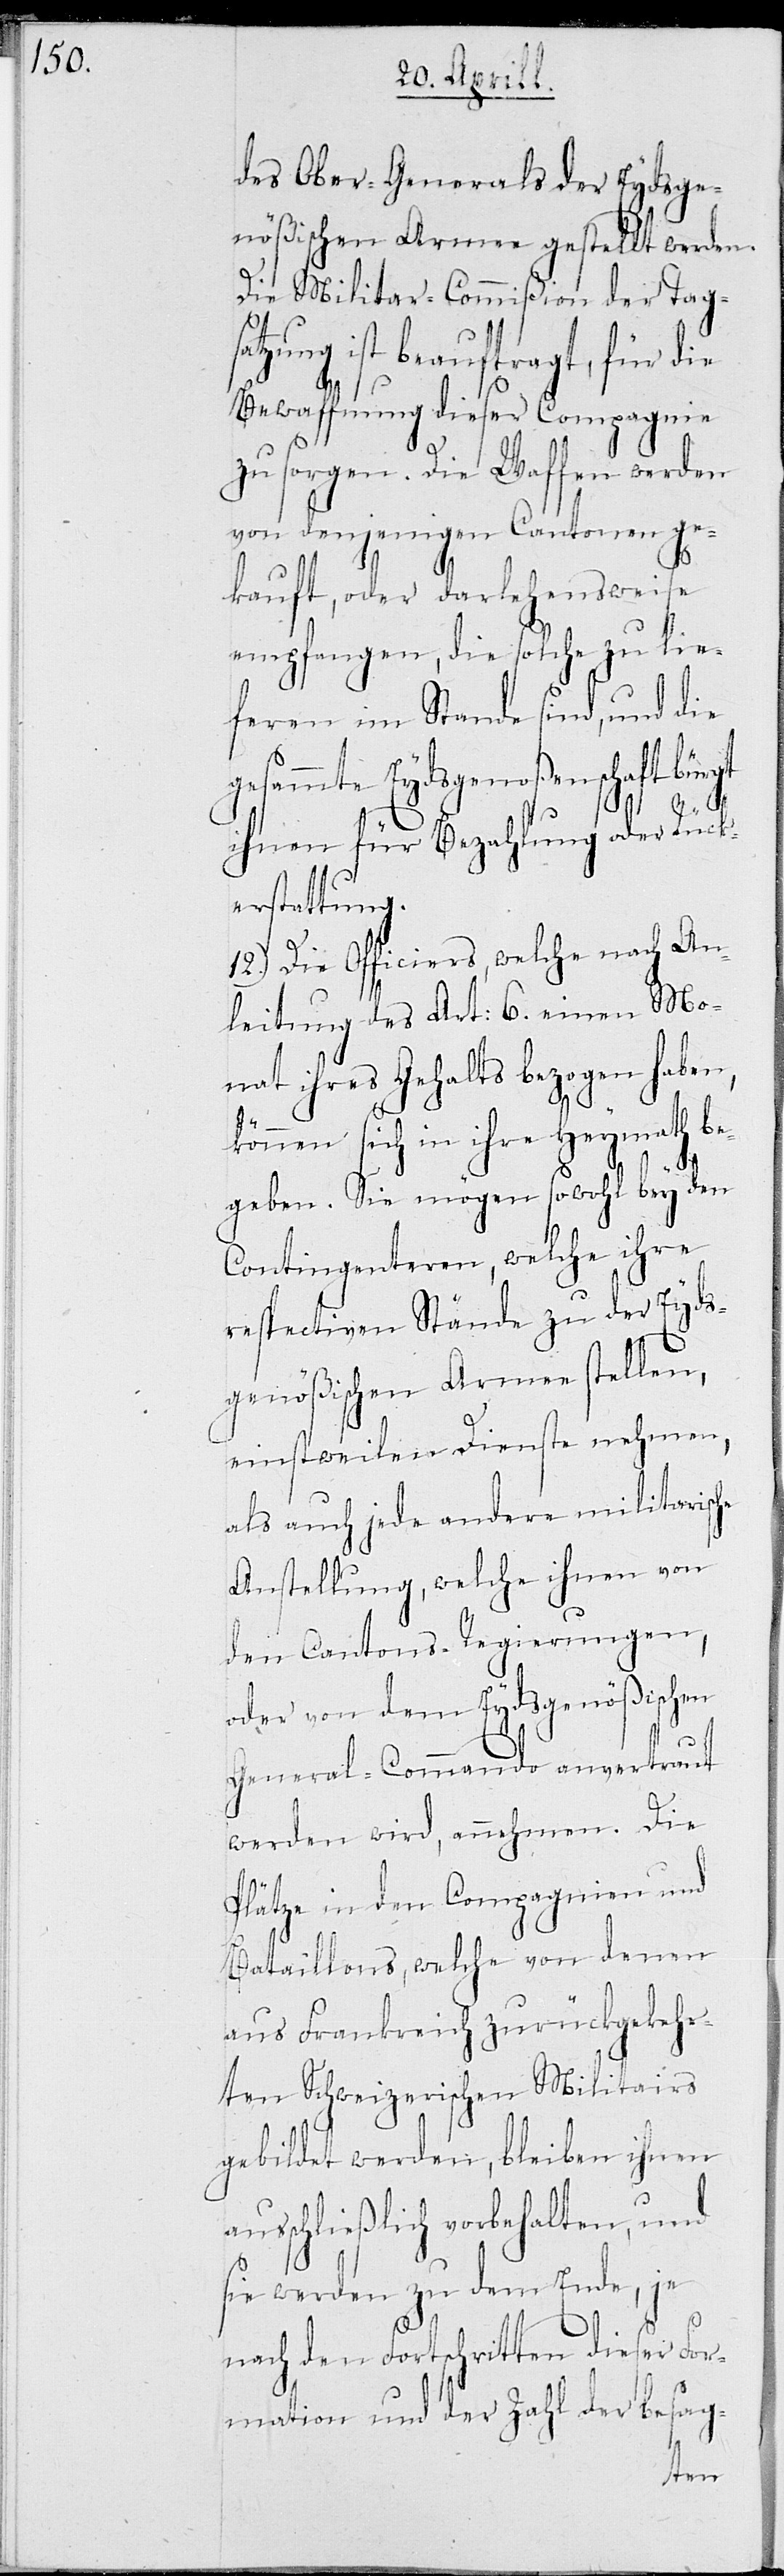
des Ober-Generals der Eydsge¬
nößischen Armee gestellt werden.
Die Militar-Commißion der Tag¬
ist beauftragt, für die
Bewaffnung dieser Compagnie
zu sorgen. Die Waffen werden
von denjenigen Cantonen ge¬
kauft, oder darlehensweise
empfangen, die solche zu lie¬
feren im Stande sind, und die
gesammte Eydsgenoßenschaft bürgt
ihnen für Bezahlung oder Rück¬
erstattung.
12.) Die Officiers, welche nach An¬
leitung des Art. 6 einen Mo¬
nat ihres Gehalts bezogen haben,
können sich in ihre Heymath be¬
geben. Sie mögen sowohl bey den
Contingenteren, welche ihre
respectiven Stände zu der Eyds¬
genößischen Armee stellen,
einstweilen Dienste nehmen,
als auch jede andere militarische
Anstellung, welche ihnen von
den Cantons-Regierungen,
oder von dem Eydsgenößischen
General-Commando anvertraut
werden wird, annehmen. Die
Plätze in den Compagnien und
Bataillons, welche von denen
aus Frankreich zurückgekehr¬
ten Schweizerischen Militairs
gebildet werden, bleiben ihnen
ausschließlich vorbehalten, und
sie werden zu dem Ende, je
nach den Fortschritten dieser For¬
mation und der Zahl der besag-
satzung